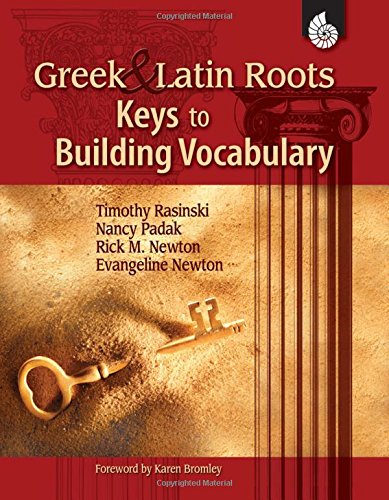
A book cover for Greek and Latin Roots; Timothy Rasinski; Politics & Social Sciences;